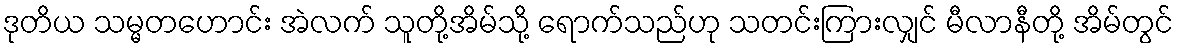
ဒုတိယ သမ္မတဟောင်း အဲလက် သူတို့အိမ်သို့ ရောက်သည်ဟု သတင်းကြားလျှင် မီလာနီတို့ အိမ်တွင်